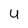
Character: 4